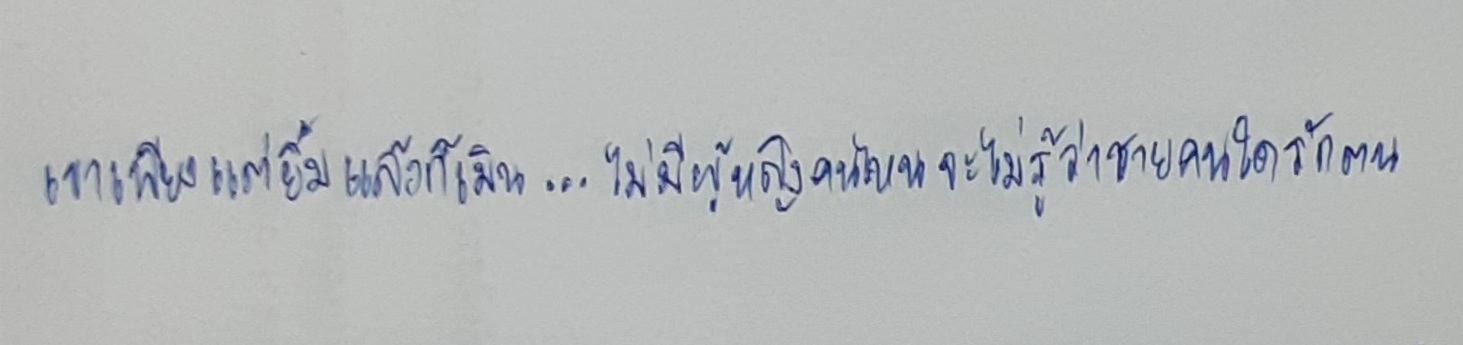
เขาเพียงแต่ยิ้มแล้วก็เมิน...ไม่มีผู้หญิงคนไหนจะไม่รู้ว่าชายคนใดรักตน